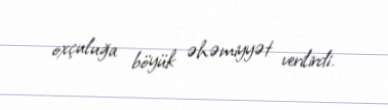
oxçuluğa böyük əhəmiyyət verilirdi.